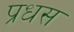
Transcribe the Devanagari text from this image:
प्रधस